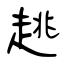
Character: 趒